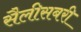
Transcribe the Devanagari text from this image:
सैलीसबरी